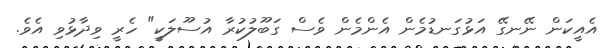
އެއީކަން ނޭނގޭ އަޅުގަނޑުމެން އެންމެން ވެސް ގަބޫލުކުރާ އުސޫލަކީ" ހެރީ ވިދާޅުވި އެވެ.